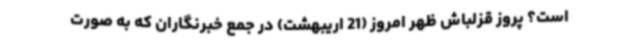
است؟ پروز قزلباش ظهر امروز (21 اریبهشت) در جمع خبرنگاران که به صورت